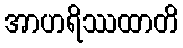
အာဟရိဿထာတိ